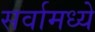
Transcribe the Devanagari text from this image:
सर्वामध्ये